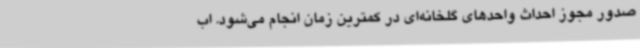
صدور مجوز احداث واحدهای گلخانه‌ای در کمترین زمان انجام می‌شود. اب